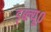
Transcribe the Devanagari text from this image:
ड्ब्ल्यू०